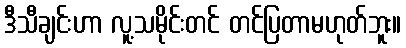
ဒီသီချင်းဟာ လူ့သမိုင်းတင် တင်ပြတာမဟုတ်ဘူး။